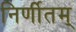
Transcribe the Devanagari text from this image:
निर्णीतम्